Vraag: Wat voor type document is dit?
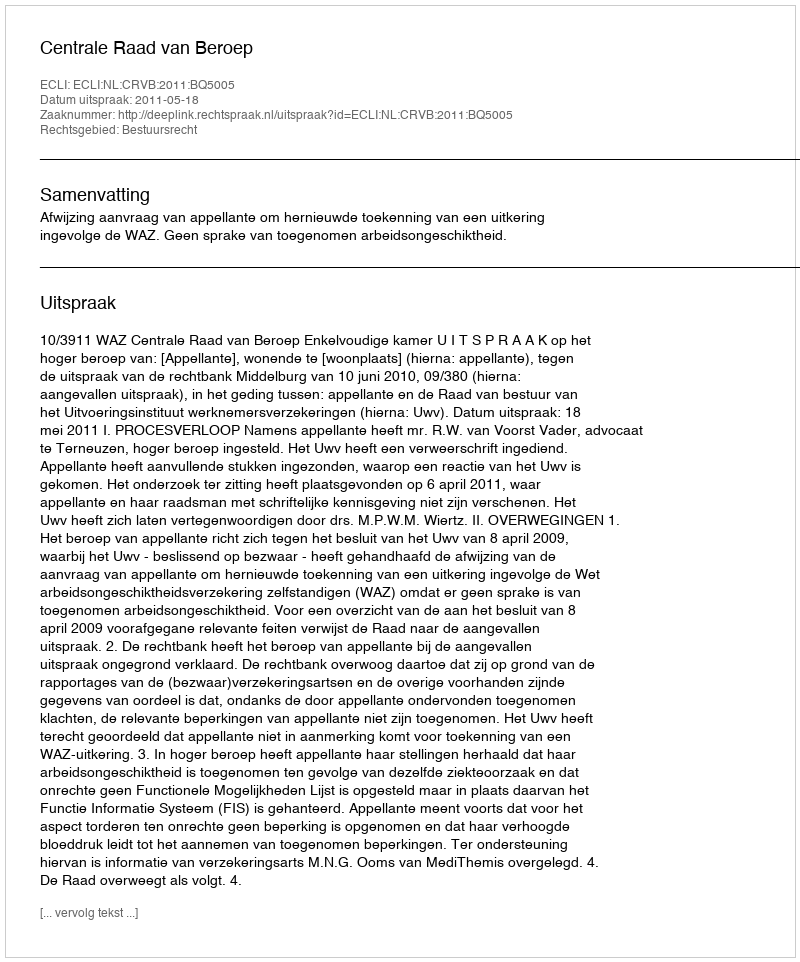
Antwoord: Uitspraak